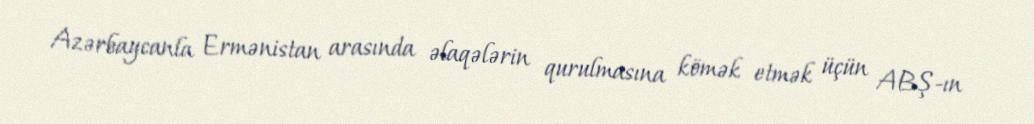
Azərbaycanla Ermənistan arasında əlaqələrin qurulmasına kömək etmək üçün ABŞ-ın